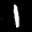
Label: 1